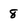
Character: 8